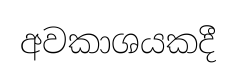
අවකාශයකදී